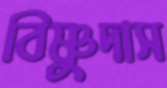
বিষ্ণুদাস